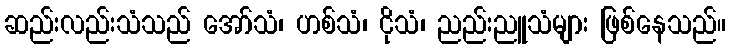
ဆည်းလည်းသံသည် အော်သံ၊ ဟစ်သံ၊ ငိုသံ၊ ညည်းညူသံများ ဖြစ်နေသည်။